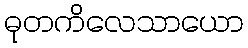
ဓုတကိလေသာယော